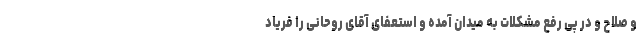
و صلاح و در پی رفع مشکلات به میدان آمده و استعفای آقای روحانی را فریاد